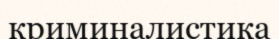
криминалистика